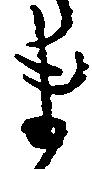
ま